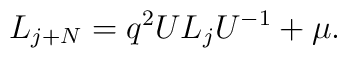
L_{j+N}=q^2UL_jU^{-1}+\mu.